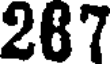
287